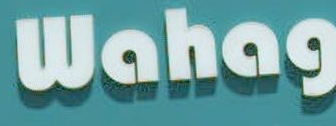
Wahas